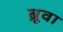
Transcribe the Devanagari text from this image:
ब्रूवा